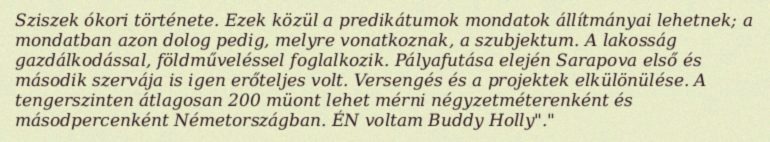
Sziszek ókori története. Ezek közül a predikátumok mondatok állítmányai lehetnek; a mondatban azon dolog pedig, melyre vonatkoznak, a szubjektum. A lakosság gazdálkodással, földműveléssel foglalkozik. Pályafutása elején Sarapova első és második szervája is igen erőteljes volt. Versengés és a projektek elkülönülése. A tengerszinten átlagosan 200 müont lehet mérni négyzetméterenként és másodpercenként Németországban. ÉN voltam Buddy Holly"."